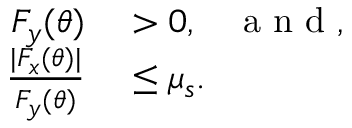
\begin{array} { r l } { F _ { y } ( \theta ) } & { { } > 0 , \; \; \; \mathrm { ~ a ~ n ~ d ~ } , } \\ { \frac { | F _ { x } ( \theta ) | } { F _ { y } ( \theta ) } } & { { } \leq \mu _ { s } . } \end{array}